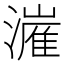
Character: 𬉍